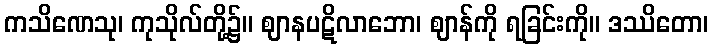
ကသိဏေသု၊ ကုသိုလ်တို့၌။ ဈာနပဋိလာဘော၊ ဈာန်ကို ရခြင်းကို။ ဒဿိတော၊